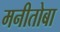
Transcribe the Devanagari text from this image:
मनीतोबा